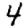
Digit: 4